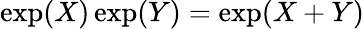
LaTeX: \exp(X)\exp(Y)=\exp(X+Y)